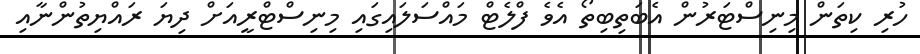
ހުރި ކިތަން މިނިސްޓަރުން އެބަތިބިތޯ އެވެ ފްލެޓް މައްސަލައިގައި މިނިސްޓްރީއަށް ދިޔަ ރައްޔިތުންނާއި